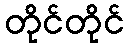
တိုင်တိုင်